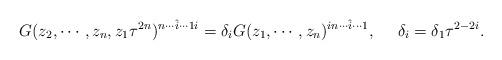
LaTeX: \begin{align*}G(z_2,\cdots,z_n,z_1\tau^{2n})^{n \cdots \hat{i} \cdots 1 i }=\delta_i G(z_1,\cdots,z_n)^{i n \cdots \hat{i} \cdots 1}, ~~~~\delta_i =\delta_1 \tau^{2-2i}.\end{align*}